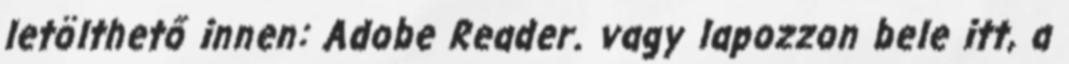
letölthető innen: Adobe Reader. vagy lapozzon bele itt, a